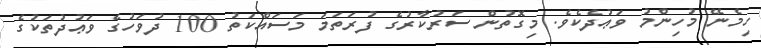
ހިމެނޭ މުހިންމު ވަޢުދެކެވެ. މިގޮތުން ސަރުކާރުގެ ފުރަތަމަ މަސައްކަތު 100 ދުވަހުގެ ވަޢުދުތަކުގެ